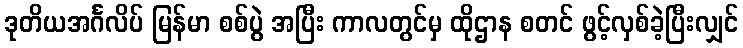
ဒုတိယအင်္ဂလိပ် မြန်မာ စစ်ပွဲ အပြီး ကာလတွင်မှ ထိုဌာန စတင် ဖွင့်လှစ်ခဲ့ပြီးလျှင်